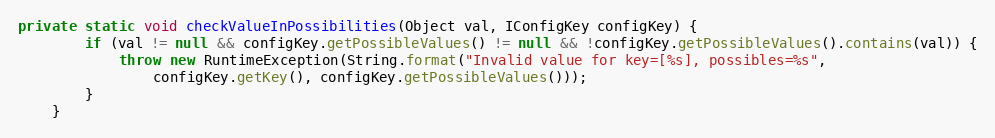
Language: Java
private static void checkValueInPossibilities(Object val, IConfigKey configKey) {
		if (val != null && configKey.getPossibleValues() != null && !configKey.getPossibleValues().contains(val)) {
			throw new RuntimeException(String.format("Invalid value for key=[%s], possibles=%s",
				configKey.getKey(), configKey.getPossibleValues()));
		}
	}